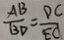
\frac { A B } { B D } = \frac { D C } { E C }